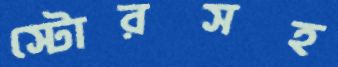
স্টোরসহ